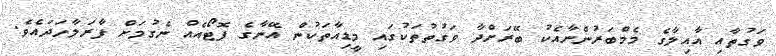
ވަގުތާއި އާއިލާގެ މެމްބަރުންނާއެކު ބޭރަށްދާ ވަގުތުތަކުގައި މީޑިއާތަކުން އޭނާގެ ފޮޓޯއެއް ނެގުމަށް ފާރަލާހަދައެވެ.